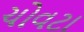
ચોવટા